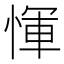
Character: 惲